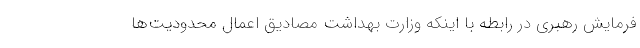
فرمایش رهبری در رابطه با اینکه وزارت بهداشت مصادیق اعمال محدودیت‌ها